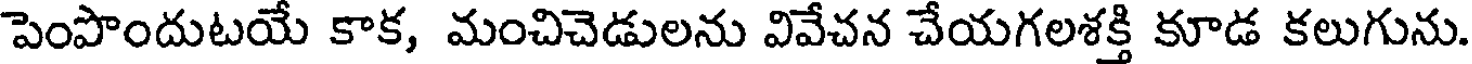
పెంపొందుటయే కాక, మంచిచెడులను వివేచన చేయగలశక్తి కూడ కలుగును.